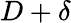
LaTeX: D+\delta